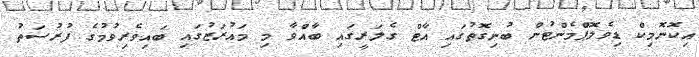
އިކޮނޮމިކް ޑިވެލޮޕްމެންޓުން ބުނިގޮތުގައި އާޓް ގެލަރީގައި ބާއްވާ މި މައުރަޒުގައި ބައިވެރިވުމުގެ ފުރުސަތު